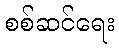
စစ်ဆင်ရေး